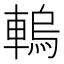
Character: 䡧